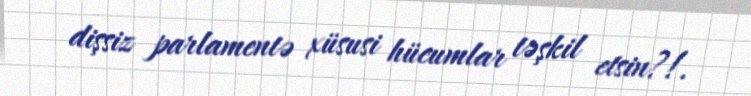
dişsiz parlamentə xüsusi hücumlar təşkil etsin?!.